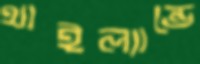
থাইল্যান্ডে